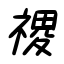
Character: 禝